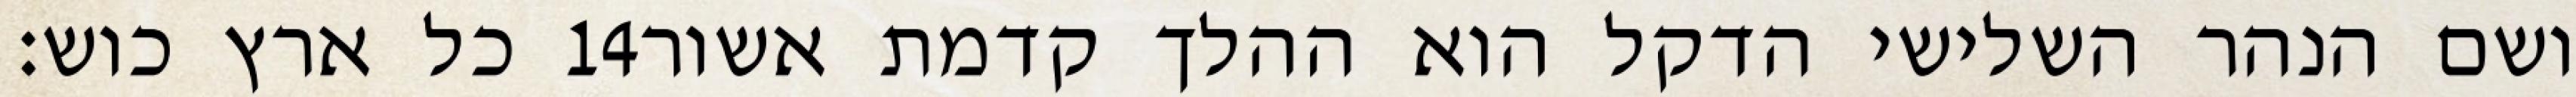
כל ארץ כוש׃ ‎14‏ ושם הנהר השלישי הדקל הוא ההלך קדמת אשור